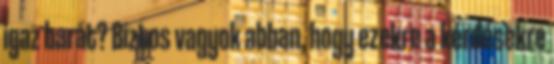
igaz barát? Biztos vagyok abban, hogy ezekre a kérdésekre